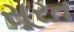
સૂરત